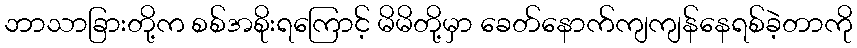
ဘာသာခြားတို့က စစ်အစိုးရကြောင့် မိမိတို့မှာ ခေတ်နောက်ကျကျန်နေရစ်ခဲ့တာကို